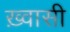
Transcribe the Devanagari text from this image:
ख़्वासी